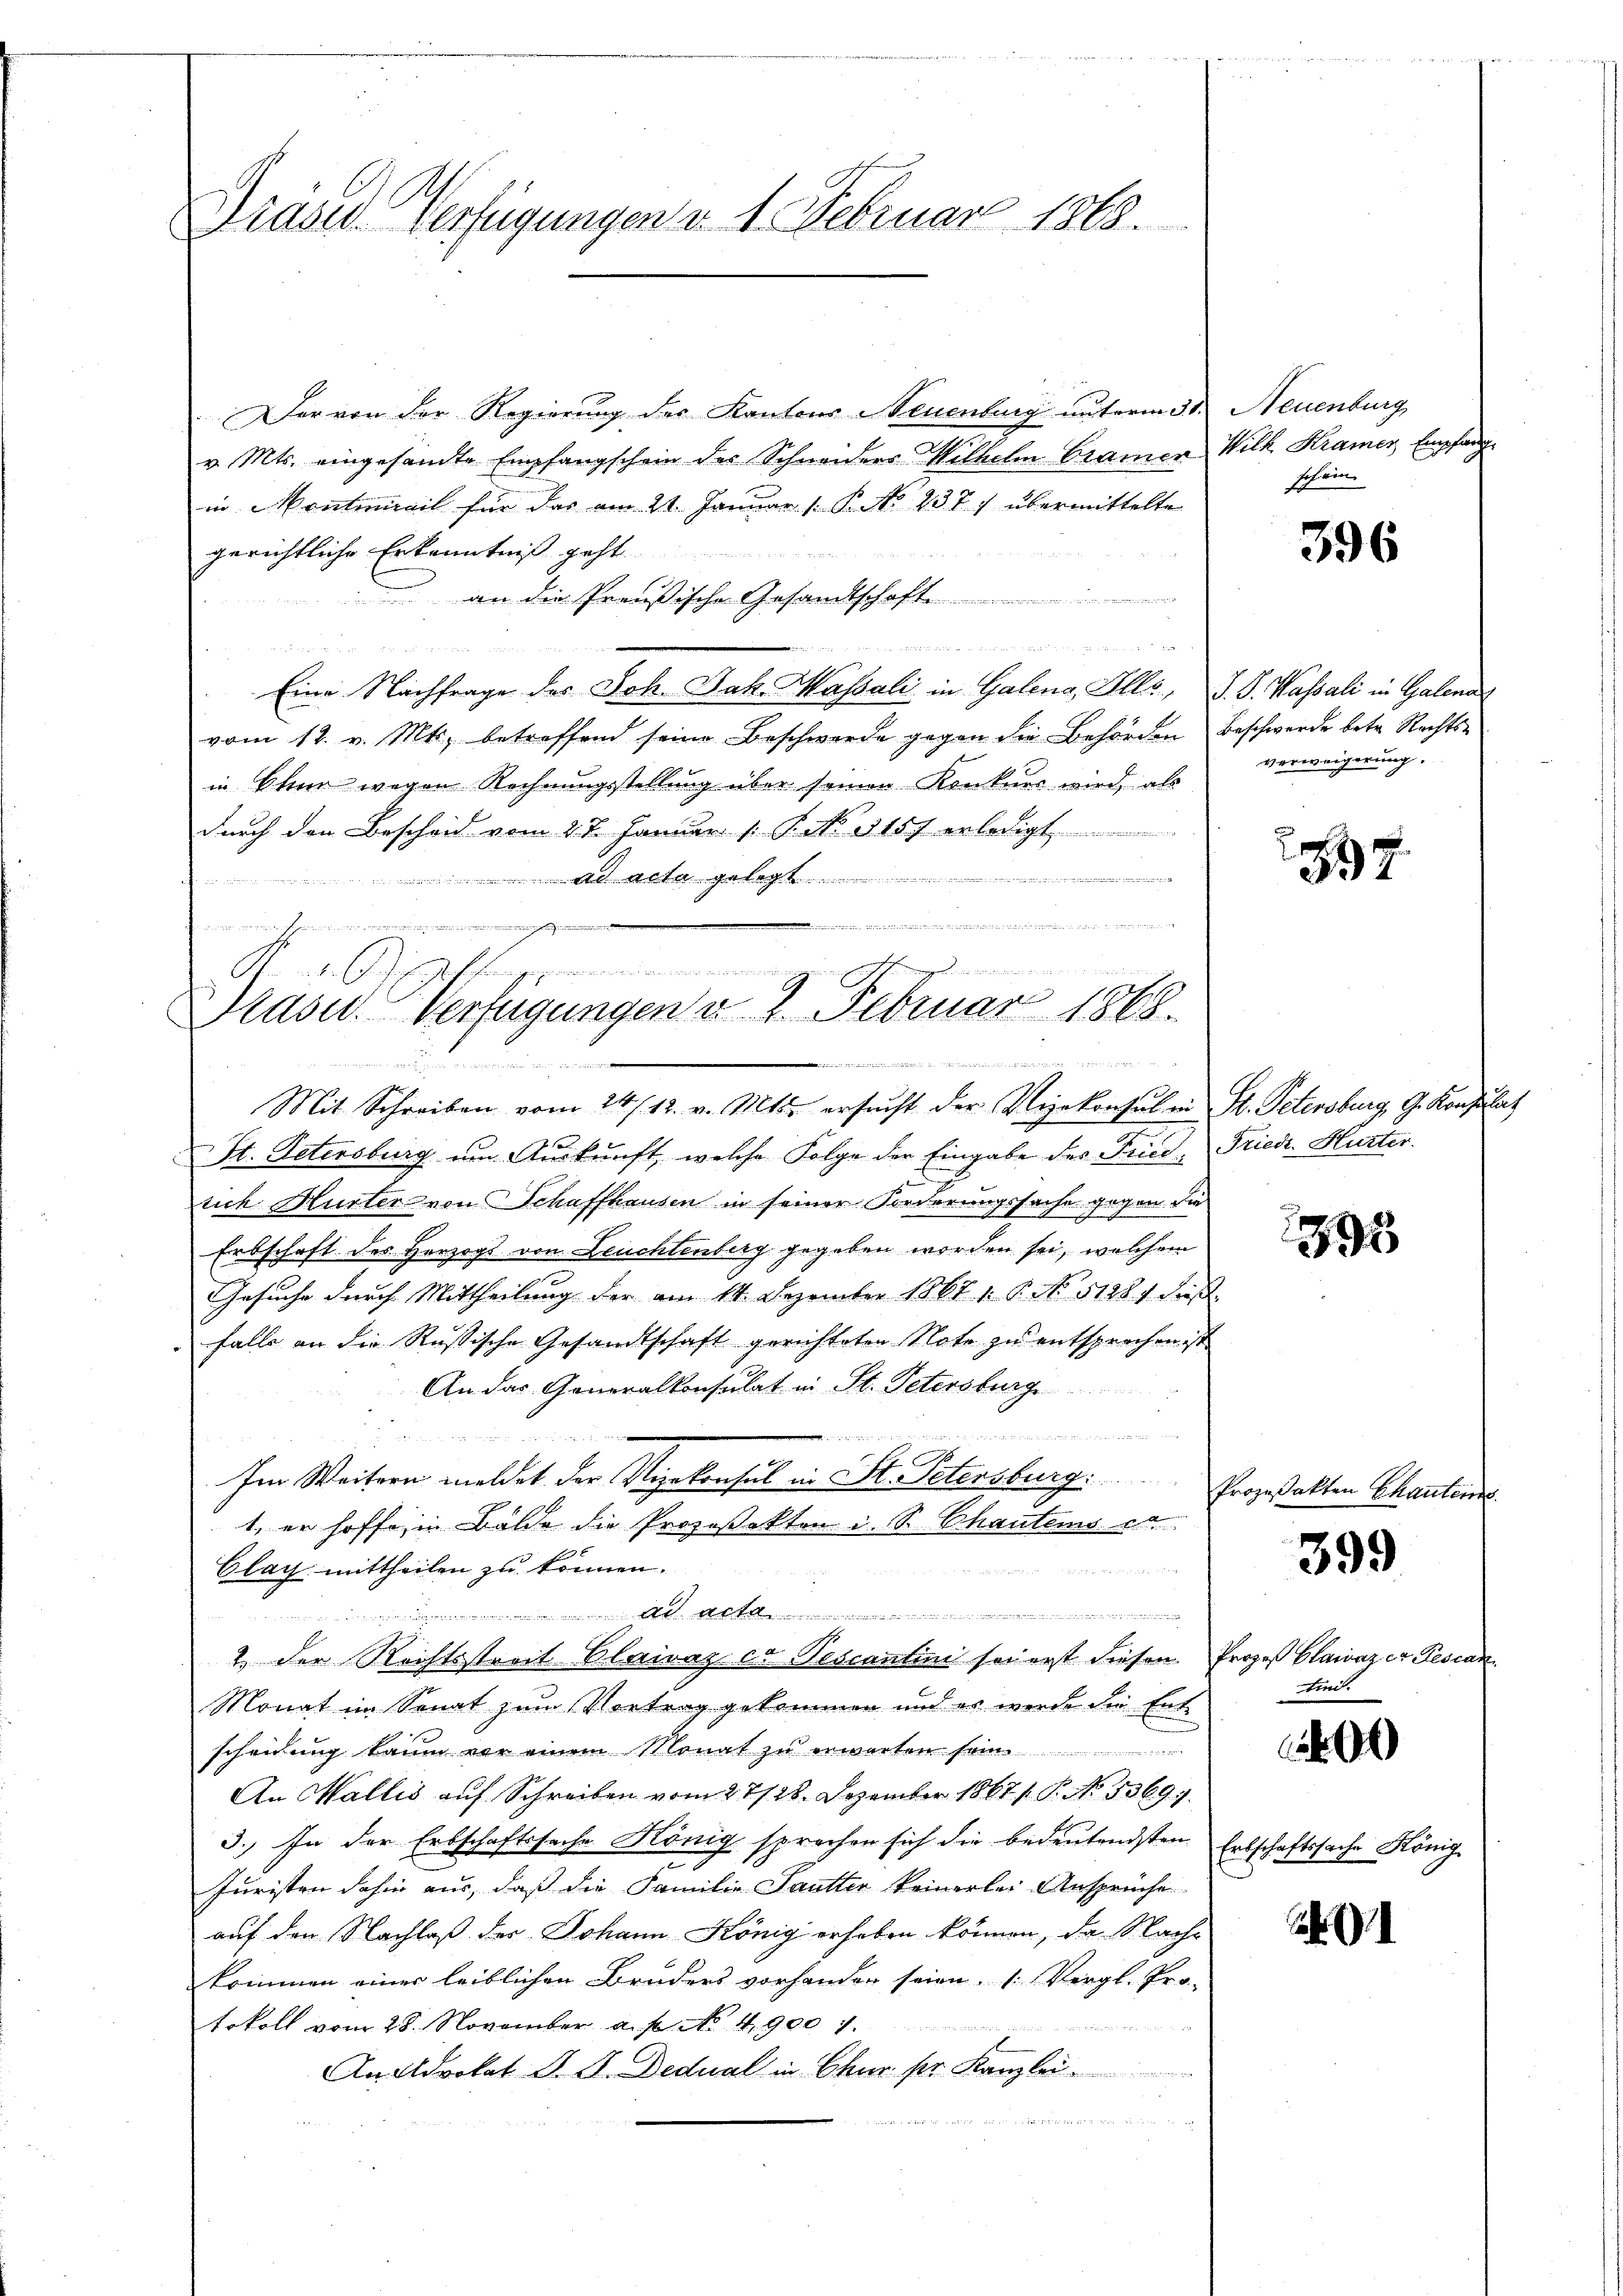
Präses Verfügungen v. 1. Februar 1860.

e

Der von der Regierung des Kantons Neuenburg unterm 30. Neuenburg
v. Mts. eingesandte Empfangschein des Schneiders Wilhelm Cramen Wilk Kramer, Empfang
in Montuniail für das am 21. Januar [ P. No 237 7 übermittelte
gerichtliche Erkenntniß geht.
an die Preußische Gesandtschaft
e                           der einen einen
Eine Nachfrage des Joh. Jak. Massali in Galena, Ells, S. S. Wassali in Galena
vom 12. v. Mts. betreffend seine Beschwerde gegen die Behörden beschwerde betr. Rechts-
in Ihr wegen Rechnungsstellung über seinen Konkurs wird, als
durch den Bescheid vom 27. Januar 1. P. No. 3157 erledigt
i
 ad acta gelegt
richt in einer einerung und ihr bei der heute sie ich die der ein
de er an die heute
 her
   sie die der den
i
Prasel. Verfügungen d. 2. Februar 1868.

Mit Schreiben vom 24. 12. v. Mts. ersŭcht der Vizekonsulen St. Petersburg, G. Konsulat
1
St. Petersburg um Auskunft, welche Folge der Eingabe des Fried, Friedr. Hurter.
sich Hurter von Schaffhausen in seiner Forderungssache gegen die
Erbschaft des Herzogs von Leuchtenberg gegeben worden sei, welchem
Gesuche durch Mittheilung der am 14. Dezember 1867 1. P. No 51281. daß
falls an die Russische Gesandtschaft gerichteten Note zu entsprochen ist
An das Generalkonsulat in St. Petersburg

Im Weitern meldet der Vizekonsul in St. Petersburg.
1, er hoffe in Balde die Prozeßakten u. S. Chautems
Clay mittheilen zu können.

 lt. Abt
2. der Rechtstreit Clairaz ce Tescantini sei erst diesen Prozeß Clairazer Pescan
Monat im Senat zum Vortrag gekommen und es werde die Entscheidung kaum vor einem Monat zu erwarten sein
An Wallis auf Schreiben vom 27/28. Dezember 1867 / P. No. 53691.
3. In der Erbschaftssache König sprechen sich die bedeutendsten
Juristen dahin aus, daß die Familie Sautter keinerlei Ansprüche
auf den Nachlaß der Johann König erhoben können, da Nach-
kommen einer leiblichen Bruders vorhander seien. (Vergl. Pro-
tokoll vom 28. November a. p. No 49001.

An Advokat J. G. Dedual in Chur ser Kanzlei

schein.

396

Verweigerung.

7

1895

Prozeßakten Chautern.

399

tind.

00

Erbschaftssache König